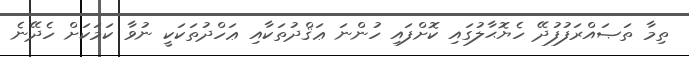
ތިމާ ތަޞައްރަފުފުދޭ ހެޔޮޙާލުގައި ކޮށްފައި ހުންނަ ޢަޤްދުތަކާއި ޢަހްދުތަކަކީ ނުވާ ކަމަކަށް ހެދޭނެ